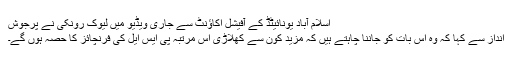
اسلام آباد یونائیٹڈ کے آفیشل اکاﺅنٹ سے جاری ویڈیو میں لیوک رونکی نے پرجوش
انداز سے کہا کہ وہ اس بات کو جاننا چاہتے ہیں کہ مزید کون سے کھلاڑی اس مرتبہ پی ایس ایل کی فرنچائز کا حصہ ہوں گے۔